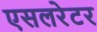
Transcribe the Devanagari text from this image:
एसलरेटर